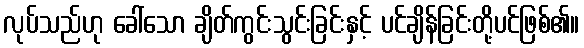
လုပ်သည်ဟု ခေါ်သော ချိတ်ကွင်းသွင်းခြင်းနှင့် ပင်ချိန်ခြင်းတို့ပင်ဖြစ်၏။